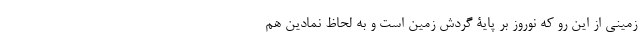
زمینی از این رو که نوروز بر پایۀ گردش زمین است و به لحاظ نمادین هم